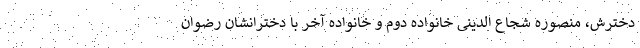
دخترش، منصوره شجاع الدینی خانواده دوم و خانواده آخر با دخترانشان رضوان